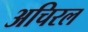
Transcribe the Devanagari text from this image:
अचिरल